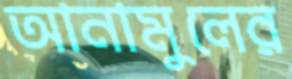
আনামুলের